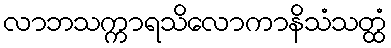
လာဘသက္ကာရသိလောကာနိသံသတ္ထံ